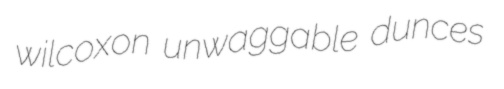
wilcoxon unwaggable dunces